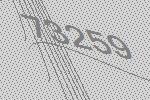
73259